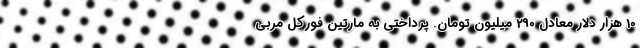
10 هزار دلار معادل 290 میلیون تومان. پرداختی به مارتین فورکل مربی